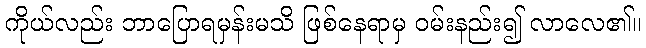
ကိုယ်လည်း ဘာပြောရမှန်းမသိ ဖြစ်နေရာမှ ဝမ်းနည်း၍ လာလေ၏။